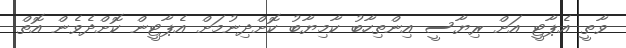
ވާތީ އެޕާޓީ އަށް ރިޔާސީ އިންތިހާބު ކާމިޔާބު ކޮށްދިނުމަށް އެޕާޓީން ކޮށްދެވެން އޮތް